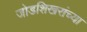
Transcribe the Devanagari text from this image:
जोडशिखरांच्या